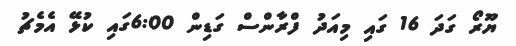
ޔޫރޯ ގަދަ 16 ގައި މިއަދު ފްރާންސް ގަޑިން 6:00ގައި ކުޅޭ އެމެޗު